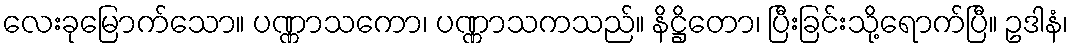
လေးခုမြောက်သော။ ပဏ္ဏာသကော၊ ပဏ္ဏာသကသည်။ နိဋ္ဌိတော၊ ပြီးခြင်းသို့ရောက်ပြီ။ ဥဒါနံ၊